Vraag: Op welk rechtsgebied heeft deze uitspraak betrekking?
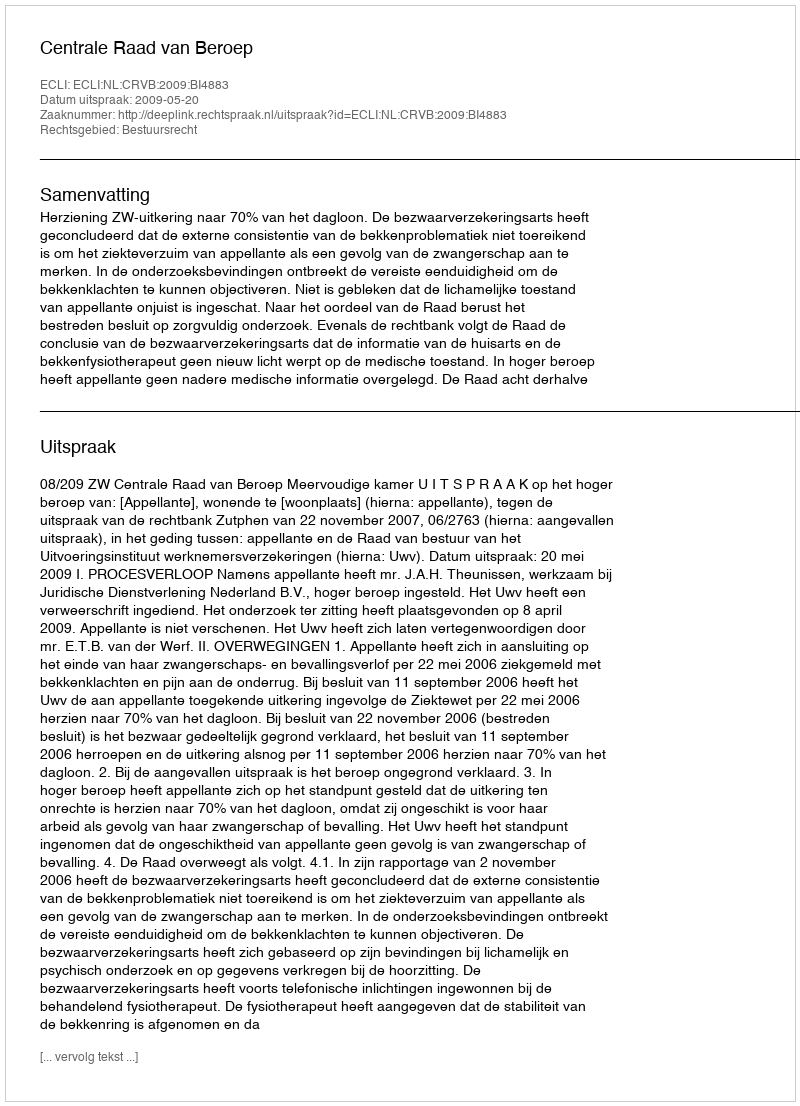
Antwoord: Bestuursrecht